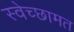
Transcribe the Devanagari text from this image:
स्वेच्छामत